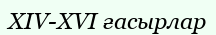
XIV-XVI ғасырлар